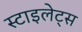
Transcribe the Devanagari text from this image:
स्टाइलेट्स